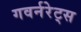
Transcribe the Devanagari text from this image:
गवर्नरेट्स